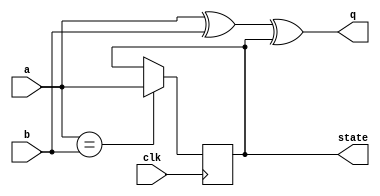
module top_module (
    input clk,
    input a,
    input b,
    output q,
    output state  );
    always @(posedge clk)begin
        if(a==b)state<=a;
    end
    always @(*) begin
        q<=a^b^state;
    end
endmodule